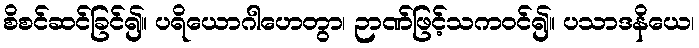
စိစင်ဆင်ခြင်၍။ ပရိယောဂါဟေတွာ၊ ဉာဏ်ဖြင့်သကဝင်၍။ ပသာဒနိယေ၊